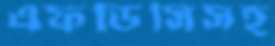
এফডিসিসহ